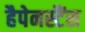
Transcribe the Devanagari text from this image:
हैपेनस्टैंस